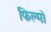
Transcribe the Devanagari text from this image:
फिल्मॊ